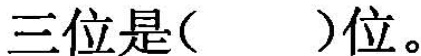
三位是( )位。